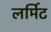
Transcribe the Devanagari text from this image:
लर्मिट